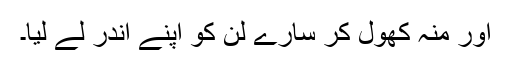
اور منہ کھول کر سارے لن کو اپنے اندر لے لیا۔